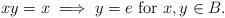
LaTeX: \begin{align*}\begin{minipage}[c]{35pc}$xy=x\implies y=e$ for $x,y\in B.$\end{minipage}\end{align*}